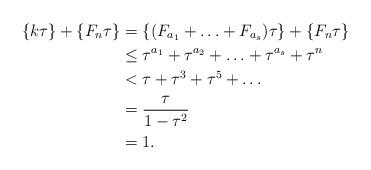
LaTeX: \begin{align*} \{k \tau \} + \{ F_n \tau \} &= \{ (F_{a_1} + \ldots + F_{a_s} ) \tau \} + \{ F_n \tau \} \\&\leq \tau^{a_1} + \tau^{a_2} + \ldots + \tau^{a_s} + \tau^n \\&< \tau + \tau^3 + \tau^5 + \ldots \\&= \frac{\tau}{1 - \tau^2} \\&= 1.\end{align*}